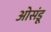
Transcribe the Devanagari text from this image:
ओसंडू